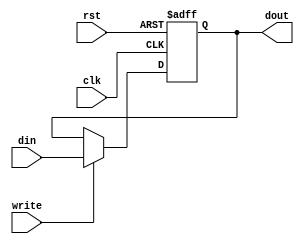
module reg_8_9(clk,rst,write,din,dout);

output [7:0] dout;
input  clk,rst,write;
input  [7:0] din;

reg [7:0] dout;

always @ (posedge clk or negedge rst)
	begin
		if(!rst)
			dout  <= 8'h31;
		else 
		  if(write)
					 dout<=din;
		  else 
					 dout<=dout;
	end

endmodule